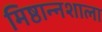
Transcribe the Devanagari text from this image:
मिष्ठान्नशाला